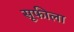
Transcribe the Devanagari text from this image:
सूफीला